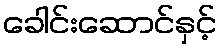
ခေါင်းဆောင်နှင့်